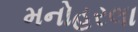
મનોહરલા